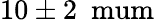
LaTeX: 10\pm 2~\mathrm{\ mum}